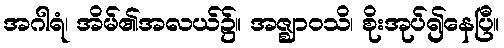
အဂါရံ၊ အိမ်၏အလယ်၌။ အဇ္ဈာဝသိ၊ စိုးအုပ်၍နေပြီ။